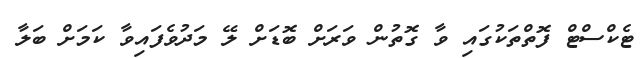
ޓެކްސްޓް ފޮތްތަކުގައި ވާ ގޮތުން ވަރަށް ބޮޑަށް ލޭ މަދުވެފައިވާ ކަމަށް ބަލާ